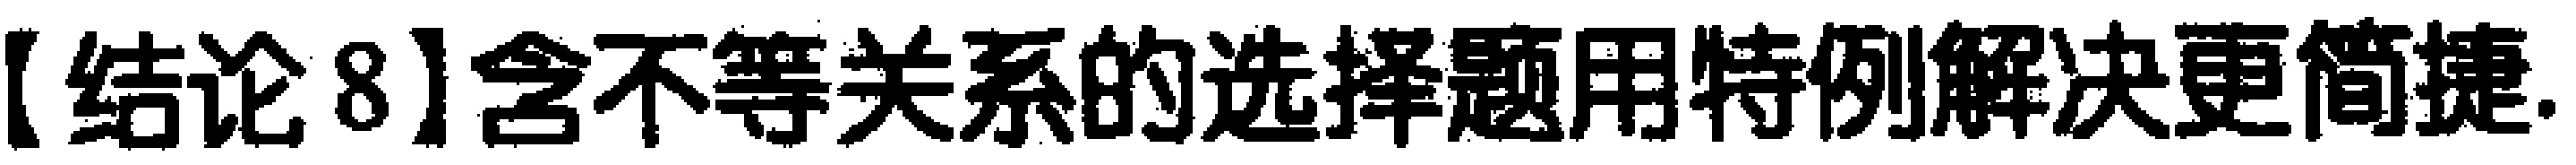
【结论8】含不等关系的选择题用特例解决更简捷.